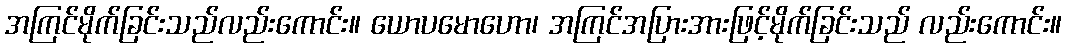
အကြင်မိုက်ခြင်းသည်လည်းကောင်း။ ယောပမောဟော၊ အကြင်အပြားအားဖြင့်မိုက်ခြင်းသည် လည်းကောင်း။